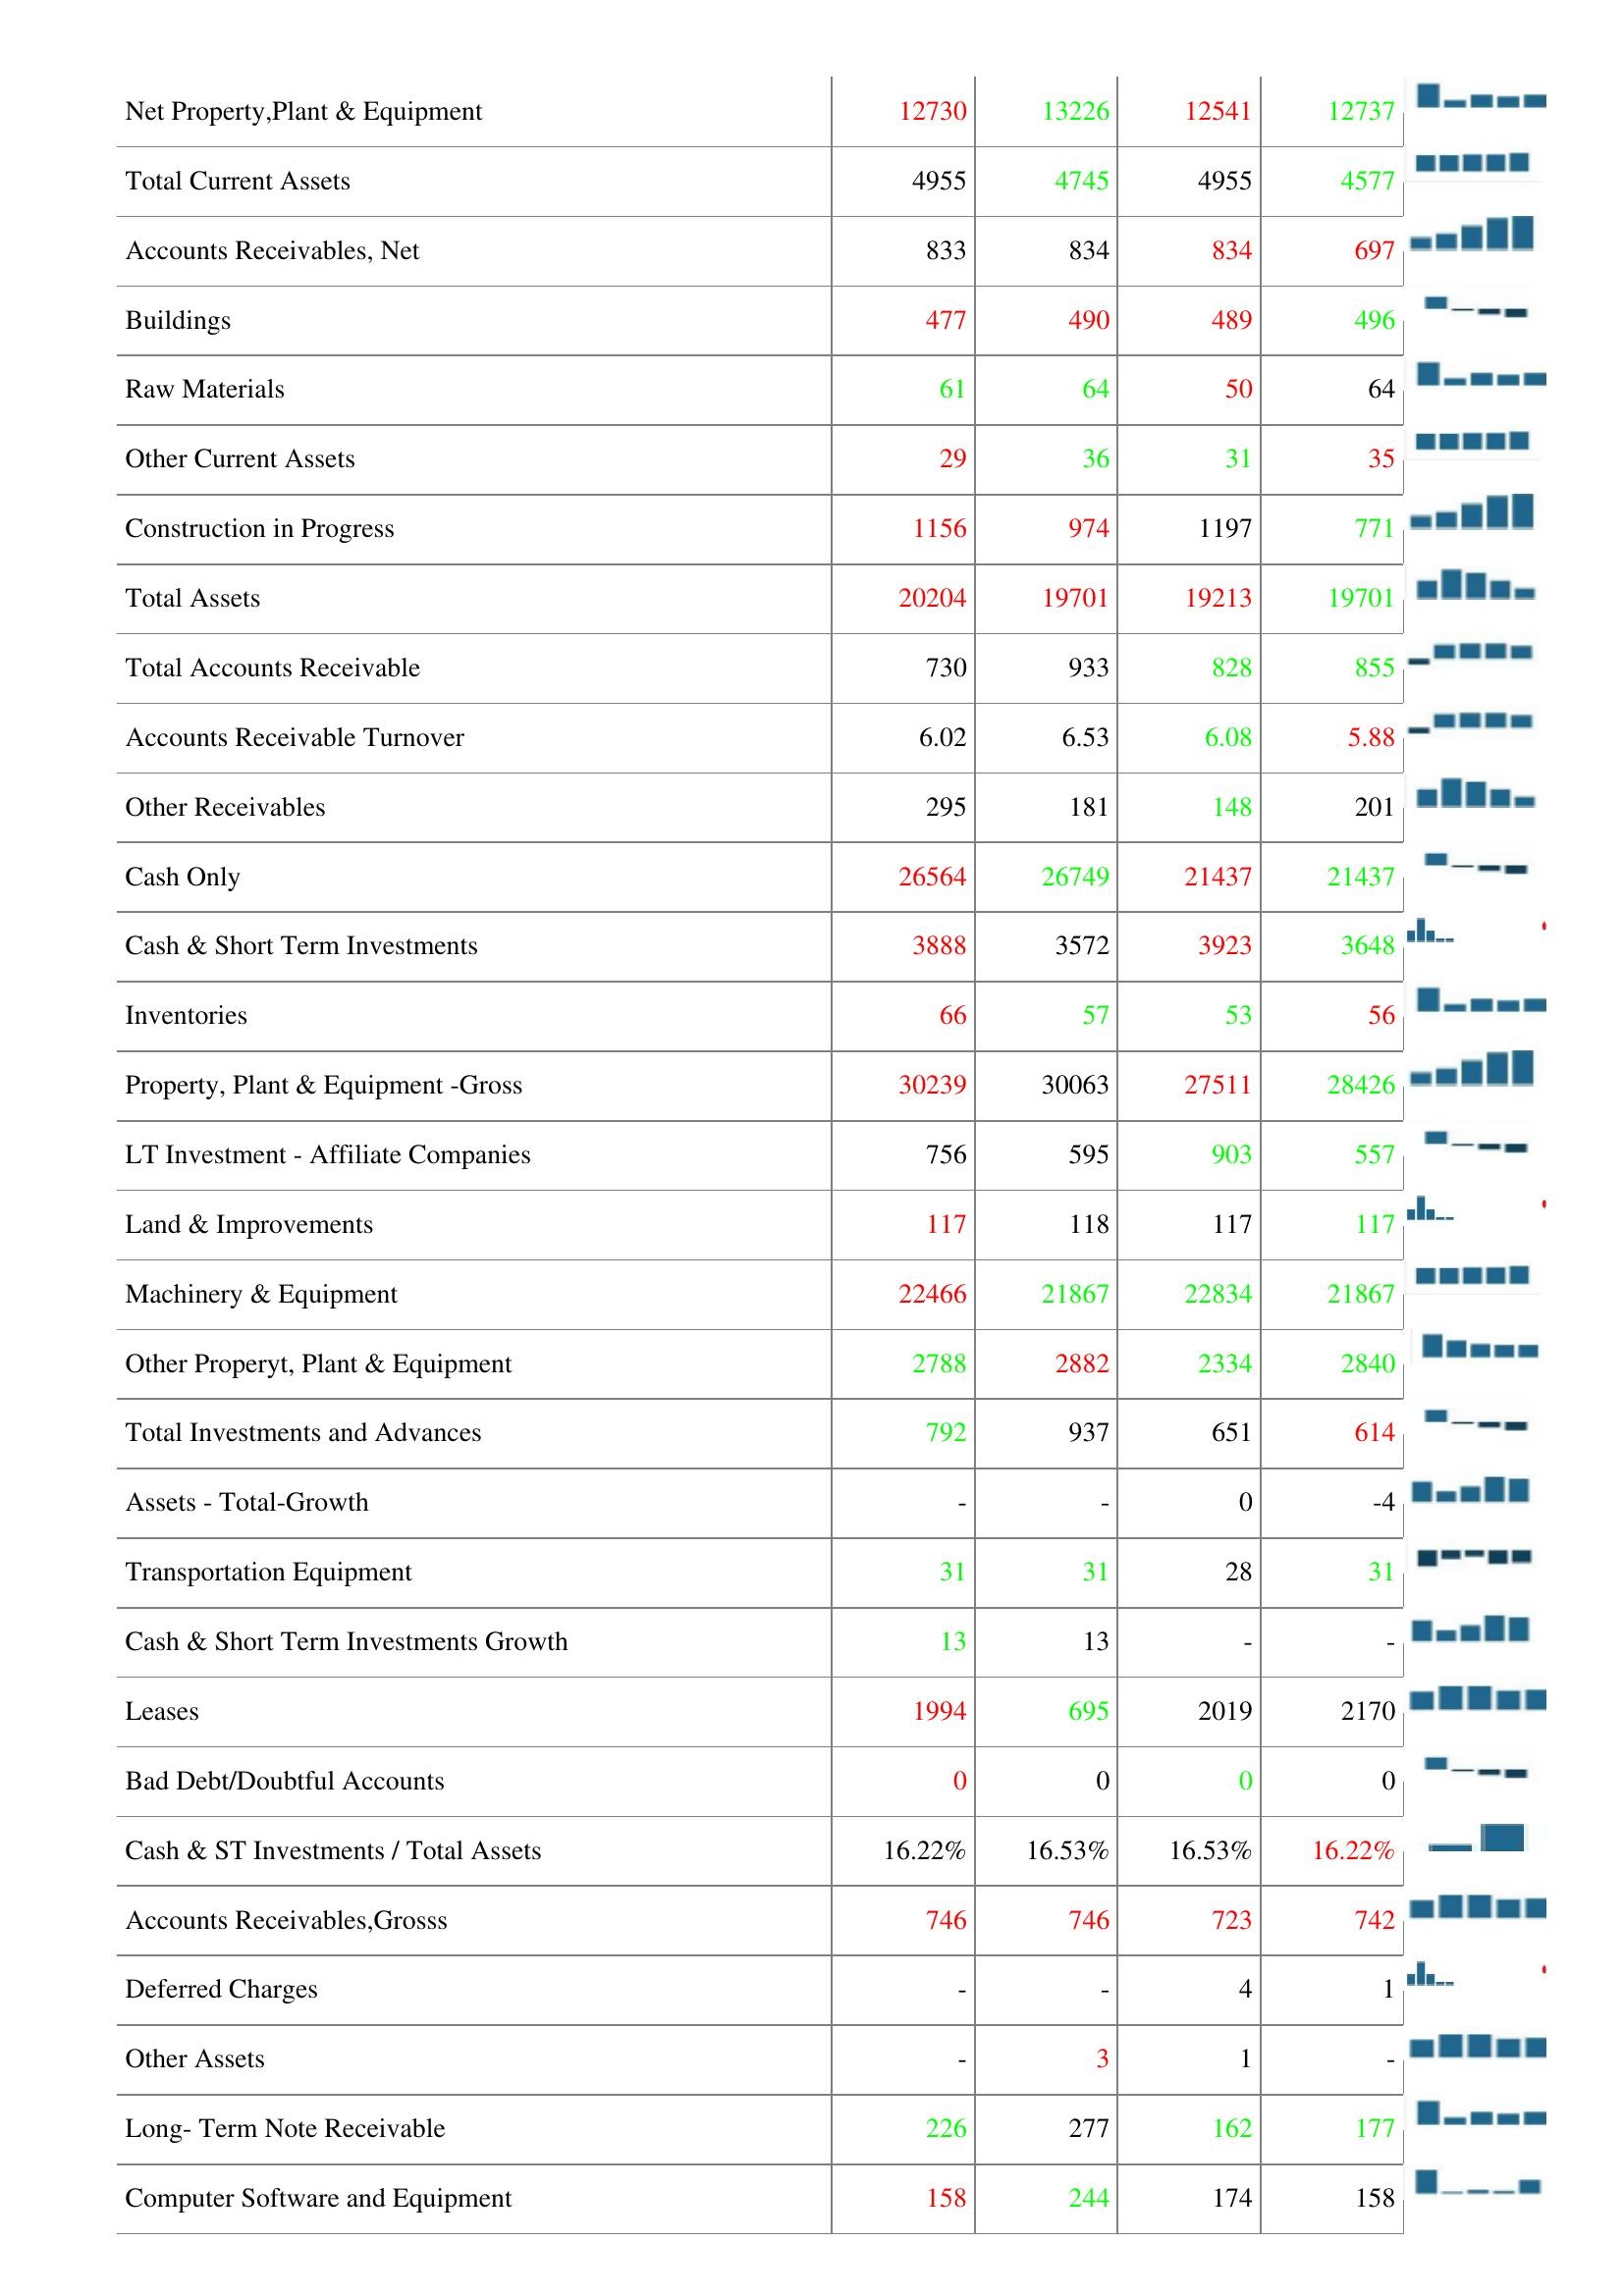
2020: Assets: Accounts Receivables Growth: -
Prepaid Expenses: 28
Finished Goods: 3
Asset Turnover: -
Accumulated Depreciation: 14839
Return On Average Assets: -
Net Property,Plant & Equipment: 12730
Total Current Assets: 4955
Accounts Receivables, Net: 833
Buildings: 477
Raw Materials: 61
Other Current Assets: 29
Construction in Progress: 1156
Total Assets: 20204
Total Accounts Receivable: 730
Accounts Receivable Turnover: 6.02
Other Receivables: 295
Cash Only: 26564
Cash & Short Term Investments: 3888
Inventories: 66
Property, Plant & Equipment -Gross: 30239
LT Investment - Affiliate Companies: 756
Land & Improvements: 117
Machinery & Equipment: 22466
Other Properyt, Plant & Equipment: 2788
Total Investments and Advances: 792
Assets - Total-Growth: -
Transportation Equipment: 31
Cash & Short Term Investments Growth: 13
Leases: 1994
Bad Debt/Doubtful Accounts: 0
Cash & ST Investments / Total Assets: 16.22%
Accounts Receivables,Grosss: 746
Deferred Charges: -
Other Assets: -
Long- Term Note Receivable: 226
Computer Software and Equipment: 158
2019: Assets: Accounts Receivables Growth: -8
Prepaid Expenses: 35
Finished Goods: 3
Asset Turnover: 0
Accumulated Depreciation: 16380
Return On Average Assets: -
Net Property,Plant & Equipment: 13226
Total Current Assets: 4745
Accounts Receivables, Net: 834
Buildings: 490
Raw Materials: 64
Other Current Assets: 36
Construction in Progress: 974
Total Assets: 19701
Total Accounts Receivable: 933
Accounts Receivable Turnover: 6.53
Other Receivables: 181
Cash Only: 26749
Cash & Short Term Investments: 3572
Inventories: 57
Property, Plant & Equipment -Gross: 30063
LT Investment - Affiliate Companies: 595
Land & Improvements: 118
Machinery & Equipment: 21867
Other Properyt, Plant & Equipment: 2882
Total Investments and Advances: 937
Assets - Total-Growth: -
Transportation Equipment: 31
Cash & Short Term Investments Growth: 13
Leases: 695
Bad Debt/Doubtful Accounts: 0
Cash & ST Investments / Total Assets: 16.53%
Accounts Receivables,Grosss: 746
Deferred Charges: -
Other Assets: 3
Long- Term Note Receivable: 277
Computer Software and Equipment: 244
2018: Assets: Accounts Receivables Growth: -23
Prepaid Expenses: 36
Finished Goods: 4
Asset Turnover: 0
Accumulated Depreciation: 16651
Return On Average Assets: -
Net Property,Plant & Equipment: 12541
Total Current Assets: 4955
Accounts Receivables, Net: 834
Buildings: 489
Raw Materials: 50
Other Current Assets: 31
Construction in Progress: 1197
Total Assets: 19213
Total Accounts Receivable: 828
Accounts Receivable Turnover: 6.08
Other Receivables: 148
Cash Only: 21437
Cash & Short Term Investments: 3923
Inventories: 53
Property, Plant & Equipment -Gross: 27511
LT Investment - Affiliate Companies: 903
Land & Improvements: 117
Machinery & Equipment: 22834
Other Properyt, Plant & Equipment: 2334
Total Investments and Advances: 651
Assets - Total-Growth: 0
Transportation Equipment: 28
Cash & Short Term Investments Growth: -
Leases: 2019
Bad Debt/Doubtful Accounts: 0
Cash & ST Investments / Total Assets: 16.53%
Accounts Receivables,Grosss: 723
Deferred Charges: 4
Other Assets: 1
Long- Term Note Receivable: 162
Computer Software and Equipment: 174
2017: Assets: Accounts Receivables Growth: -
Prepaid Expenses: 33
Finished Goods: 5
Asset Turnover: -
Accumulated Depreciation: 17055
Return On Average Assets: -
Net Property,Plant & Equipment: 12737
Total Current Assets: 4577
Accounts Receivables, Net: 697
Buildings: 496
Raw Materials: 64
Other Current Assets: 35
Construction in Progress: 771
Total Assets: 19701
Total Accounts Receivable: 855
Accounts Receivable Turnover: 5.88
Other Receivables: 201
Cash Only: 21437
Cash & Short Term Investments: 3648
Inventories: 56
Property, Plant & Equipment -Gross: 28426
LT Investment - Affiliate Companies: 557
Land & Improvements: 117
Machinery & Equipment: 21867
Other Properyt, Plant & Equipment: 2840
Total Investments and Advances: 614
Assets - Total-Growth: -4
Transportation Equipment: 31
Cash & Short Term Investments Growth: -
Leases: 2170
Bad Debt/Doubtful Accounts: 0
Cash & ST Investments / Total Assets: 16.22%
Accounts Receivables,Grosss: 742
Deferred Charges: 1
Other Assets: -
Long- Term Note Receivable: 177
Computer Software and Equipment: 158